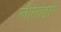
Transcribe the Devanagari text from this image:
लीलांद्वारे